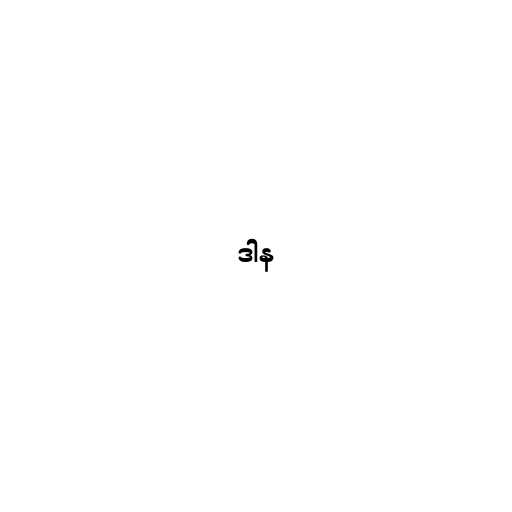
ဒါန